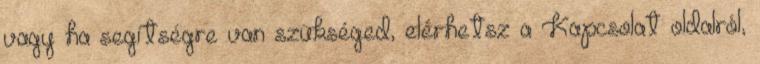
vagy ha segítségre van szükséged, elérhetsz a Kapcsolat oldalról,